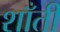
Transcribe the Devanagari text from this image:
शाँती